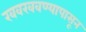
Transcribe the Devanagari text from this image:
खवखवण्यापासून